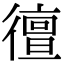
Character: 㣶